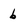
Character: 6